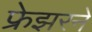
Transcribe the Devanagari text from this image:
फ्रेझरने